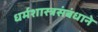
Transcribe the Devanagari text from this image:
धर्मशास्त्रसंबंधाने